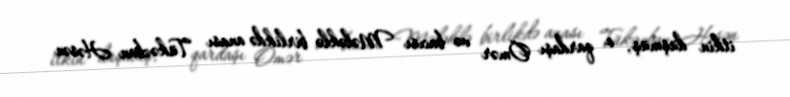
itkin düşmüş, o qardaşı Ömər və bacısı Mələklə birlikdə anası Tükəzban Həsən